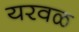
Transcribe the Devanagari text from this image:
यरवळ